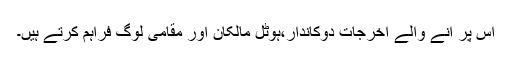
اس پر آنے والے اخرجات دوکاندار،ہوٹل مالکان اور مقامی لوگ فراہم کرتے ہیں۔